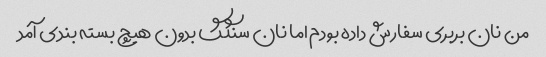
من نان بربری سفارش داده بودم اما نان سنگگ بدون هیچ بسته بندی آمد